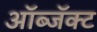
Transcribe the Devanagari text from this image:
ऑब्जॅक्ट